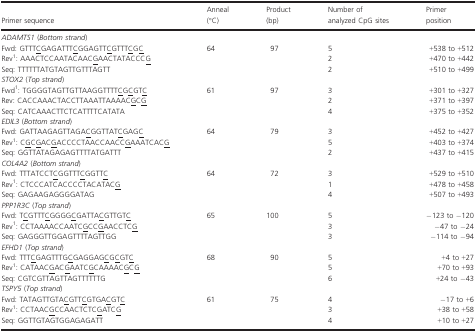
<table><thead><tr><td><b>Primer sequence</b></td><td><b>Anneal (°C)</b></td><td><b>Product (bp)</b></td><td><b>Number of analyzed CpG sites</b></td><td><b>Primer position</b></td></tr></thead><tbody><tr><td colspan="5"><i>ADAMTS1</i> (<i>Bottom strand</i>)</td></tr><tr><td>Fwd: GTTTCGAGATTTCGGAGTTCGTTTCGC</td><td>64</td><td>97</td><td>5</td><td>+538 to +512</td></tr><tr><td>Rev1: AAACTCCAATACAACGAACTATACCCG</td><td></td><td></td><td>2</td><td>+470 to +442</td></tr><tr><td>Seq: TTTTTTATGTAGTTGTTTAGTT</td><td></td><td></td><td>2</td><td>+510 to +499</td></tr><tr><td colspan="5"><i>STOX2</i> (<i>Top strand</i>)</td></tr><tr><td>Fwd1: TGGGGTAGTTGTTAAGGTTTTCGCGTC</td><td>61</td><td>97</td><td>3</td><td>+301 to +327</td></tr><tr><td>Rev: CACCAAACTACCTTAAATTAAAACGCG</td><td></td><td></td><td>2</td><td>+371 to +397</td></tr><tr><td>Seq: CATCAAACTTCTCATTTTCATATA</td><td></td><td></td><td>4</td><td>+375 to +352</td></tr><tr><td colspan="5"><i>EDIL3</i> (<i>Bottom strand</i>)</td></tr><tr><td>Fwd: GATTAAGAGTTAGACGGTTATCGAGC</td><td>64</td><td>79</td><td>3</td><td>+452 to +427</td></tr><tr><td>Rev1: CGCGACGACCCCTAACCAACCGAAATCACG</td><td></td><td></td><td>5</td><td>+403 to +374</td></tr><tr><td>Seq: GGTTATAGAGAGTTTTATGATTT</td><td></td><td></td><td>2</td><td>+437 to +415</td></tr><tr><td colspan="5"><i>COL4A2</i> (<i>Bottom strand</i>)</td></tr><tr><td>Fwd: TTTATCCTCGGTTTCGGTTC</td><td>64</td><td>72</td><td>3</td><td>+529 to +510</td></tr><tr><td>Rev1: CTCCCATCACCCCTACATACG</td><td></td><td></td><td>1</td><td>+478 to +458</td></tr><tr><td>Seq: GAGAAGAGGGGATAG</td><td></td><td></td><td>4</td><td>+507 to +493</td></tr><tr><td colspan="5"><i>PPP1R3C</i> (<i>Top strand</i>)</td></tr><tr><td>Fwd: TCGTTTCGGGGCGATTACGTTGTC</td><td>65</td><td>100</td><td>5</td><td>−123 to −120</td></tr><tr><td>Rev1: CCTAAAACCAATCGCCGAACCTCG</td><td></td><td></td><td>3</td><td>−47 to −24</td></tr><tr><td>Seq: GAGGGTTGGAGTTTTAGTTGG</td><td></td><td></td><td>3</td><td>−114 to −94</td></tr><tr><td colspan="5"><i>EFHD1</i> (<i>Top strand</i>)</td></tr><tr><td>Fwd: TTTCGAGTTTGCGAGGAGCGCGTC</td><td>68</td><td>90</td><td>5</td><td>+4 to +27</td></tr><tr><td>Rev1: CATAACGACGAATCGCAAAACGCG</td><td></td><td></td><td>5</td><td>+70 to +93</td></tr><tr><td>Seq: CGTCGTTAGTTAGTTTTTTG</td><td></td><td></td><td>6</td><td>+24 to −43</td></tr><tr><td colspan="5"><i>TSPY5</i> (<i>Top strand</i>)</td></tr><tr><td>Fwd: TATAGTTGTACGTTCGTGACGTC</td><td>61</td><td>75</td><td>4</td><td>−17 to +6</td></tr><tr><td>Rev1: CCTAACGCCAACTCTCGATCG</td><td></td><td></td><td>3</td><td>+38 to +58</td></tr><tr><td>Seq: GGTTGTAGTGGAGAGATT</td><td></td><td></td><td>4</td><td>+10 to +27</td></tr></tbody></table>